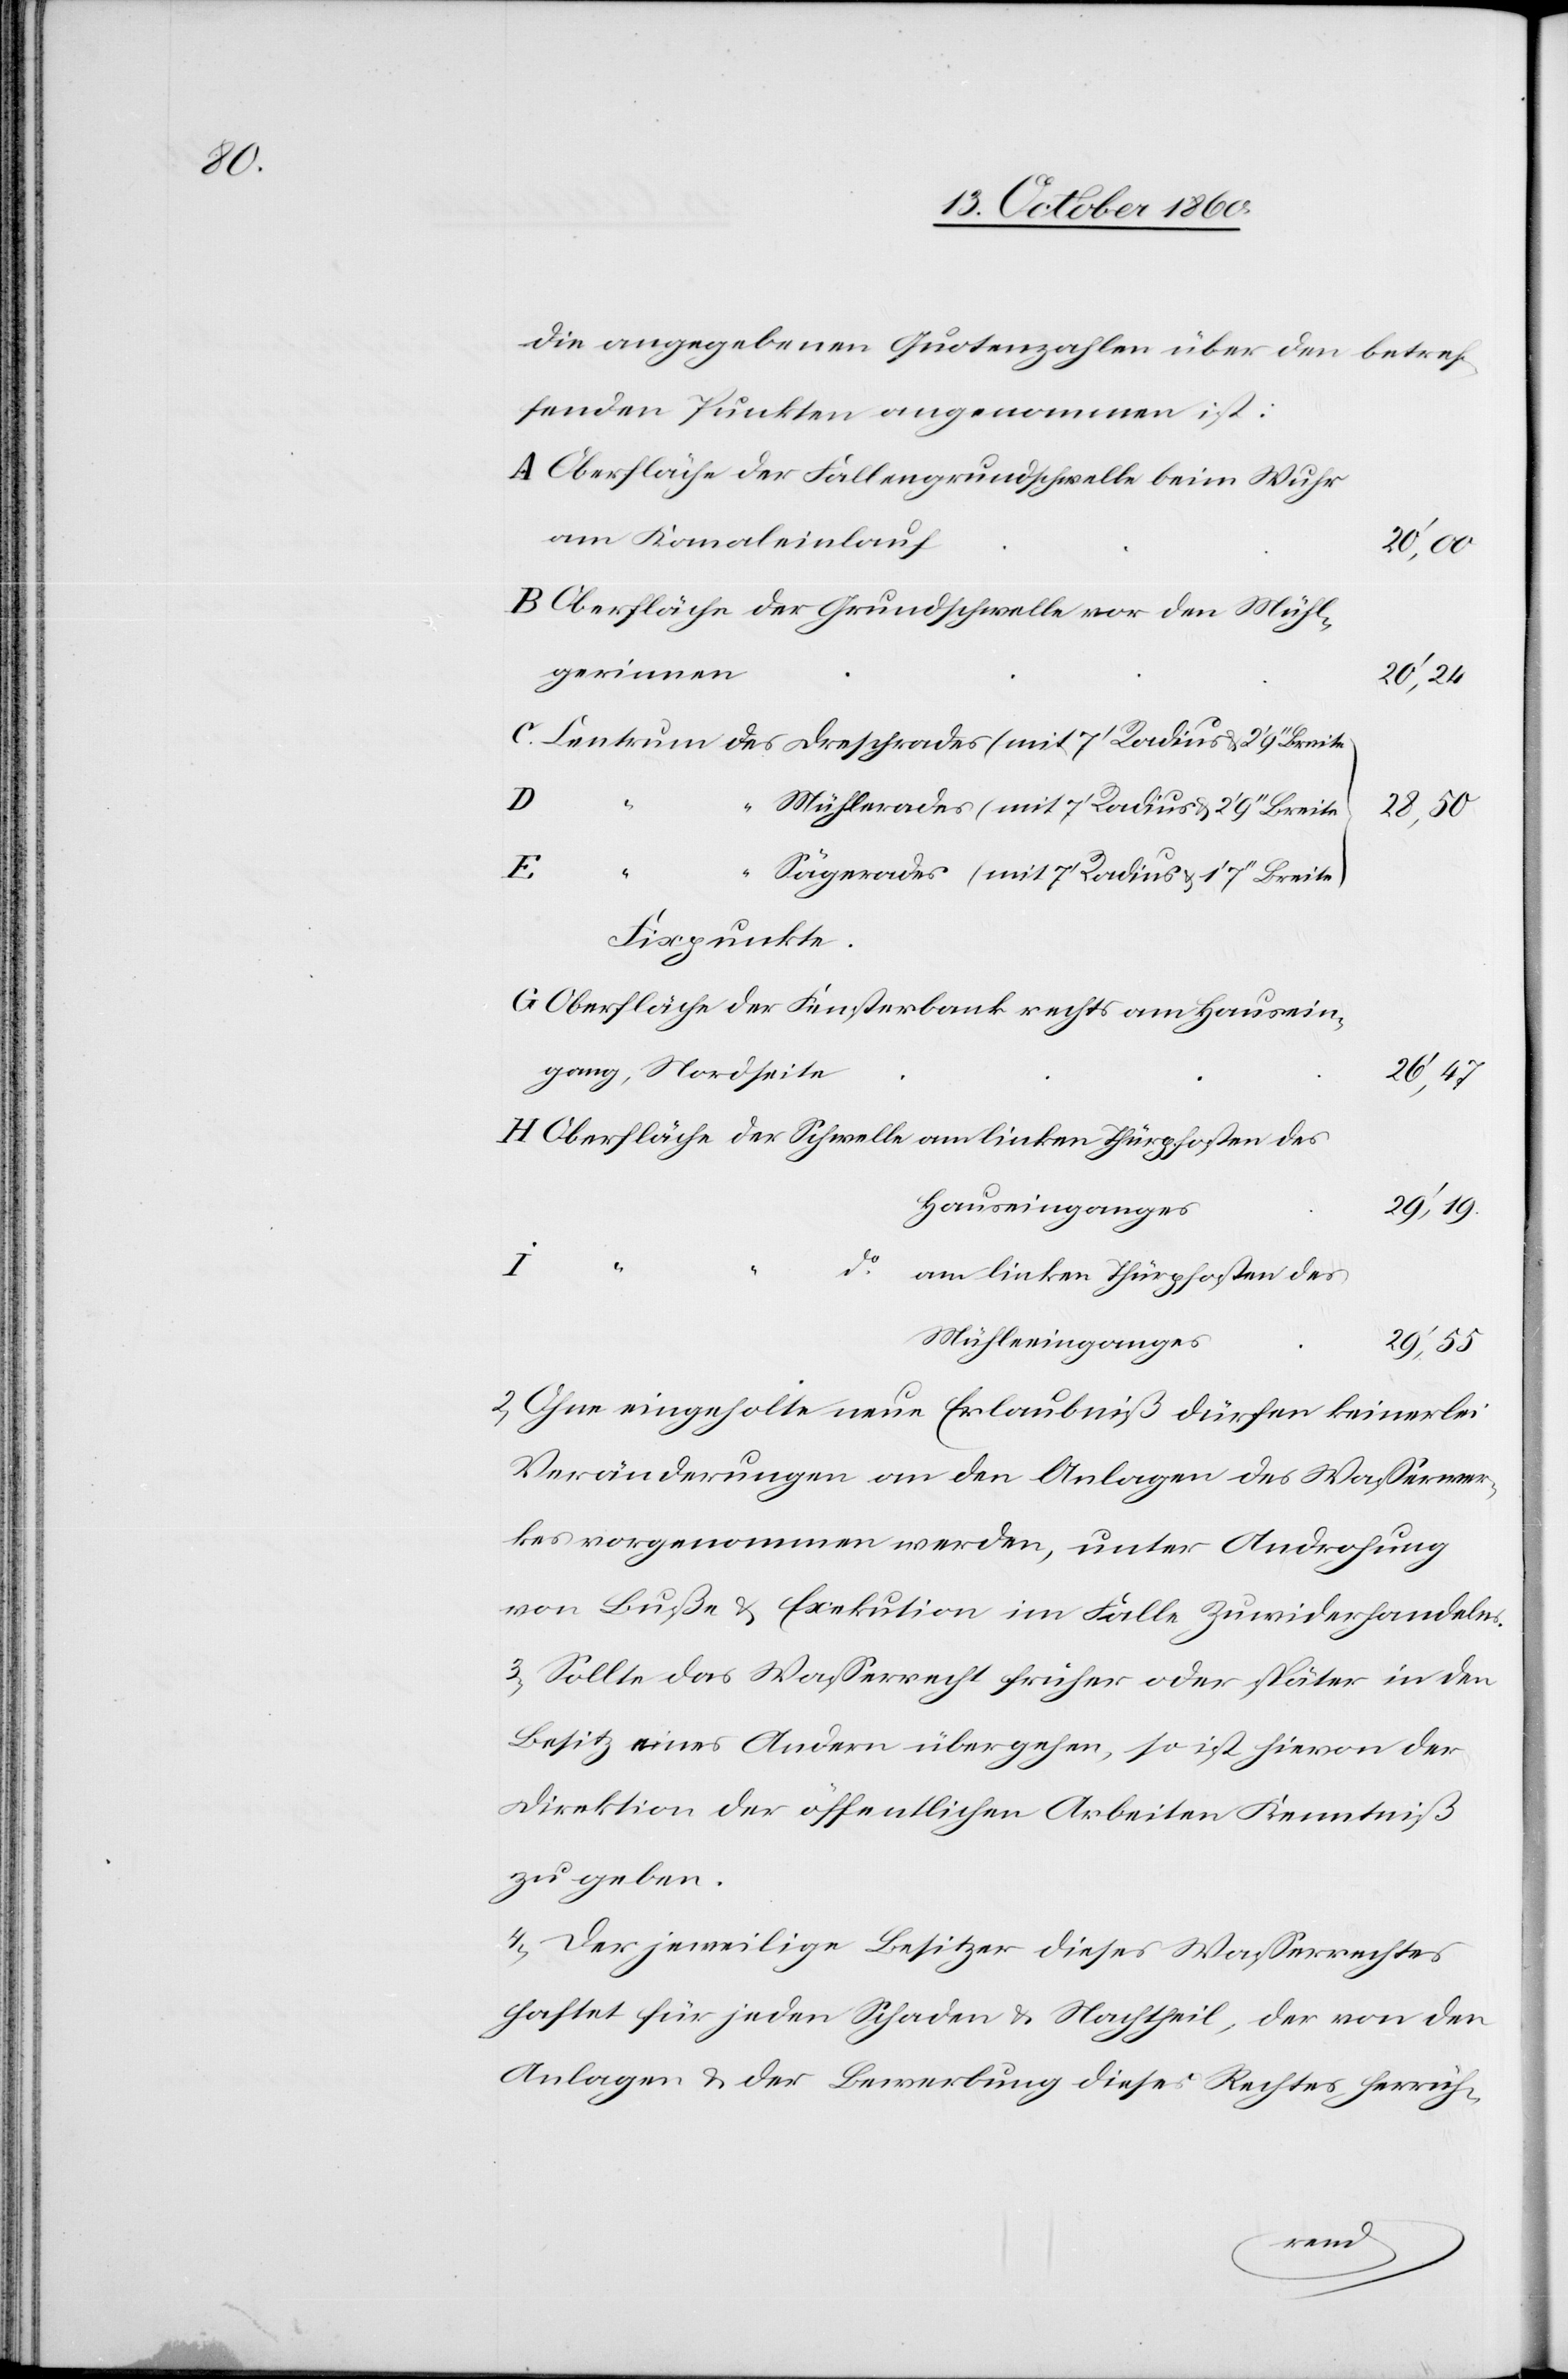
die angegebenen Quotenzahlen über den betref¬
fenden Punkten angenommen ist:
Oberfläche der Fallengrundschwelle beim Wuhr
am Kanaleinlauf
Schwell¬
Oberfläche der Grundschwelle vor den Mühl¬
gerinnen
20’,24
“
Mühlrades (mit 7’ Radius u. 2’9’’ Breite)
25’,50
der
Sägerades (mit 7’ Radius u. 1’7’’ Breite)
Oberfläche der Fensterbank rechts am Hausein¬
gang, Nordseite
26’,47
Hauseinganges
29’,19
do am linken Thürpfosten des
Mühleinganges
29’,55
2. Ohne eingeholte neue Erlaubniß dürfen keinerlei
Veränderungen an den Anlagen des Wasserwer¬
kes vorgenommen werden, unter Androhung
von Buße u. Exekution im Falle Zuwiderhandelns.
3. Sollte das Wasserrecht früher oder später in den
Besitz eines Andern übergehen, so ist hievon der
Direktion der öffentlichen Arbeiten Kenntniß
zu geben.
4. Der jeweilige Besitzer dieses Wasserrechtes
haftet für jeden Schaden u. Nachtheil, der von den
Anlagen u. der Bewerbung dieses Rechtes herrüh-